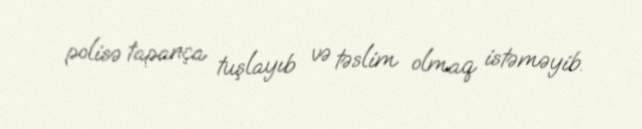
polisə tapança tuşlayıb və təslim olmaq istəməyib.